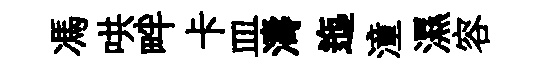
馮哄畔卡皿濤迤潼濕容